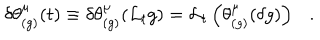
\delta \theta _ { ( g ) } ^ { \mu } ( t ) \equiv \delta \theta _ { ( g ) } ^ { \mu } ( { \cal L } _ { t } g ) = { \cal L } _ { t } \left( \theta _ { ( g ) } ^ { \mu } ( \delta g ) \right) .